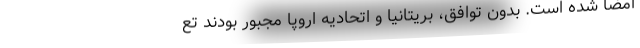
امضا شده است. بدون توافق، بریتانیا و اتحادیه اروپا مجبور بودند تع